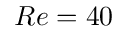
R e = 4 0